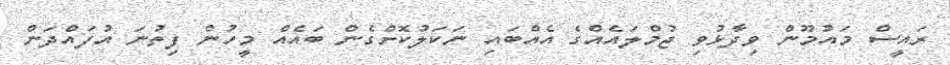
ރައީސް މައުމޫން ވިދާޅުވި ޖުމްލައެއްގެ އެއްބައި ނަކަލުކޮށްގެން ބައެއް މީހުން ފިތުނަ އުފައްދަން